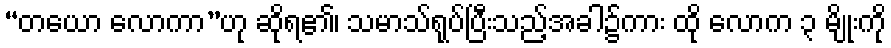
“တယော လောကာ”ဟု ဆိုရ၏၊ သမာသ်ရုပ်ပြီးသည့်အခါ၌ကား ထို လောက ၃ မျိုးကို